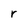
Character: r